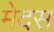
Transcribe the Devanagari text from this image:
मेदस